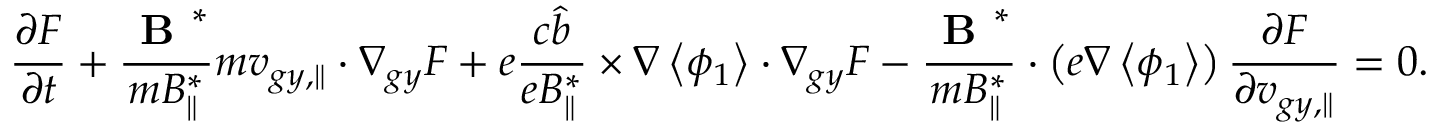
\frac { \partial F } { \partial t } + \frac { \textbf { B } ^ { * } } { m B _ { \parallel } ^ { * } } m { v } _ { g y , \parallel } \boldsymbol { \cdot } \nabla _ { g y } F + e \frac { c \hat { b } } { e B _ { \parallel } ^ { * } } \times \nabla \left< \phi _ { 1 } \right> \boldsymbol { \cdot } \nabla _ { g y } F - \frac { \textbf { B } ^ { * } } { m B _ { \parallel } ^ { * } } \boldsymbol { \cdot } \left( e \nabla \left< \phi _ { 1 } \right> \right) \frac { \partial F } { \partial { v } _ { g y , \parallel } } = 0 .